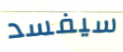
سيفسد